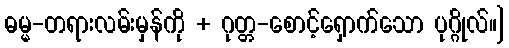
ဓမ္မ-တရားလမ်းမှန်ကို + ဂုတ္တ-စောင့်ရှောက်သော ပုဂ္ဂိုလ်။]